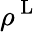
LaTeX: \rho^{\mathrm{~L~}}